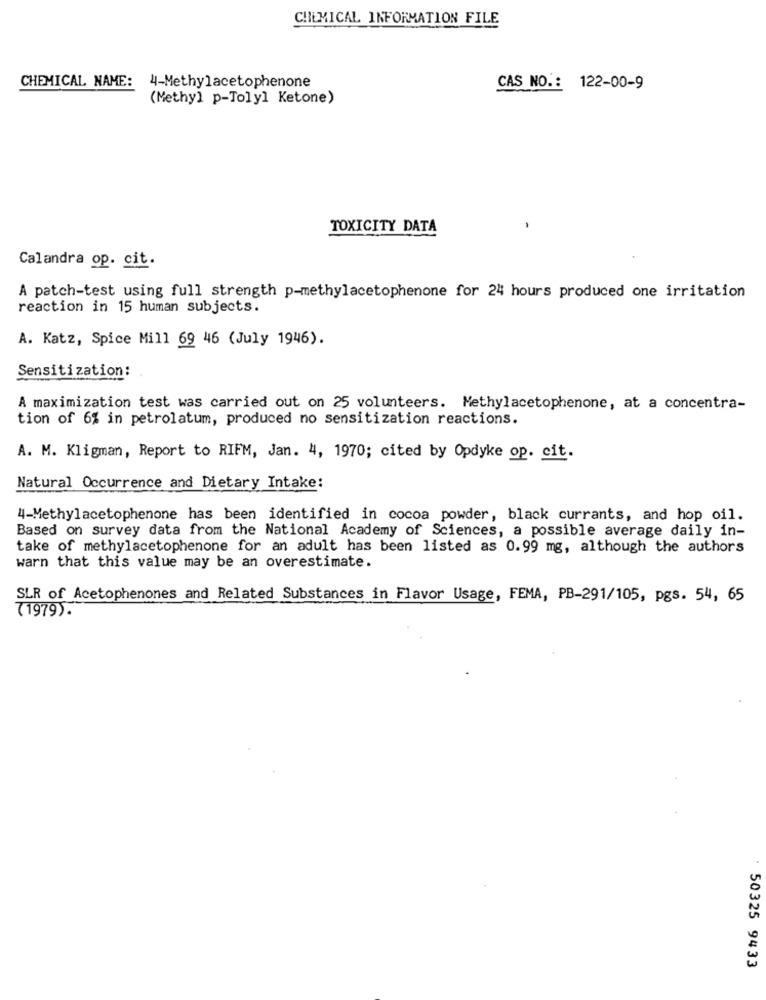
CHEMICAL INFORMATION FILE
CHEMICAL NAME:
4-Methylacetophenone
CAS NO .: 122-00-9
(Methyl p-Tolyl Ketone)
TOXICITY DATA
Calandra op. cit.
A patch-test using full strength p-methylacetophenone for 24 hours produced one irritation
reaction in 15 human subjects.
A. Katz, Spice Mill 69 46 (July 1946).
Sensitization:
A maximization test was carried out on 25 volunteers. Methylacetophenone, at a concentra-
tion of 6% in petrolatum, produced no sensitization reactions.
A. M. Kligman, Report to RIFM, Jan. 4, 1970; cited by Opdyke op. cit.
Natural Occurrence and Dietary Intake:
4-Methylacetophenone has been identified in cocoa powder, black currants, and hop oil.
Based on survey data from the National Academy of Sciences, a possible average daily in-
take of methylacetophenone for an adult has been listed as 0.99 mg, although the authors
warn that this value may be an overestimate.
SLR of Acetophenones and Related Substances in Flavor Usage, FEMA, PB-291/105, pgs. 54, 65
(1979).
50325 9433